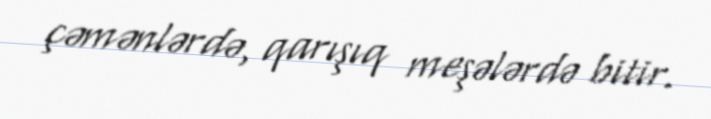
çəmənlərdə, qarışıq meşələrdə bitir.